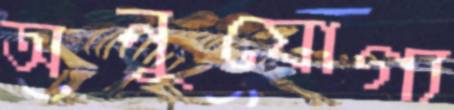
অনুযোগ্য